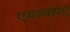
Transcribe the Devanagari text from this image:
एयरबसए